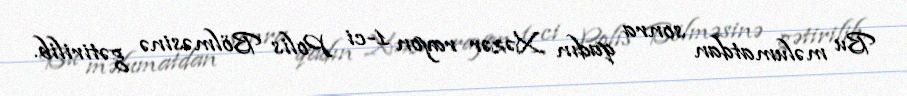
Bu məlumatdan sonra qadın Xəzər rayon 1-ci Polis Bölməsinə gətirilib.